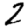
Digit: 2